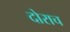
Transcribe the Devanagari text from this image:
दोराच